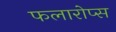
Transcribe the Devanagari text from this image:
फलारोप्स